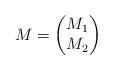
LaTeX: \begin{align*} M=\begin{pmatrix} M_1 \\ M_2 \end{pmatrix}\end{align*}